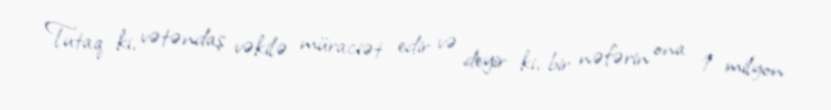
Tutaq ki, vətəndaş vəkilə müraciət edir və deyir ki, bir nəfərin ona 1 milyon